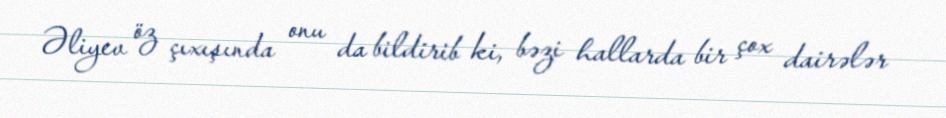
Əliyev öz çıxışında onu da bildirib ki, bəzi hallarda bir çox dairələr